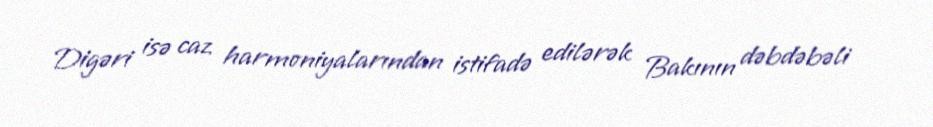
Digəri isə caz harmoniyalarından istifadə edilərək Bakının dəbdəbəli